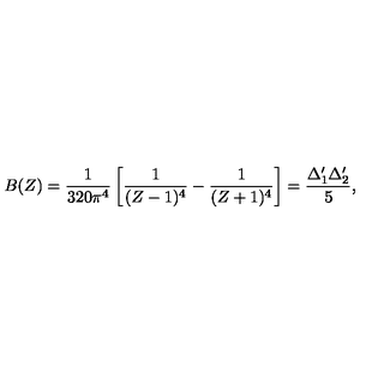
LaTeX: B ( Z ) = { \frac { 1 } { 3 2 0 \pi ^ { 4 } } } \left[ { \frac { 1 } { ( Z - 1 ) ^ { 4 } } } - { \frac { 1 } { ( Z + 1 ) ^ { 4 } } } \right] = { \frac { \Delta _ { 1 } ^ { \prime } \Delta _ { 2 } ^ { \prime } } { 5 } } ,